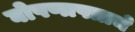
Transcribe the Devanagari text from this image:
घोषणापत्राचे